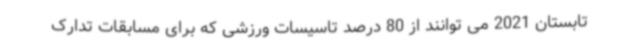
تابستان 2021 می توانند از 80 درصد تاسیسات ورزشی که برای مسابقات تدارک